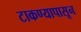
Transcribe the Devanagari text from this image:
टाकण्यापासून